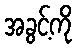
အခွင့်ကို